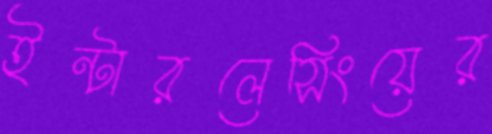
ইন্টারলেসিংয়ের